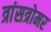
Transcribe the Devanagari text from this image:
त्रांसत्रोमर